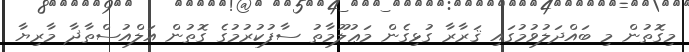
މިގޮތުން މި ބައްދަލުވުމުގައި ޤަރާރާ ގުޅިގެން މަޢުލޫމާތު ސާފުކުރުމުގެ ގޮތުން އަލްއުސްތާޛާ މާރިޔާ